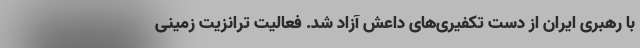
با رهبری ایران از دست تکفیری‌های داعش آزاد شد. فعالیت ترانزیت زمینی